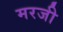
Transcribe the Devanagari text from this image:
मरजी